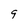
Character: 9